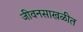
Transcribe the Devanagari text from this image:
जीवनसाखळीत